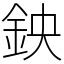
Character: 鉠